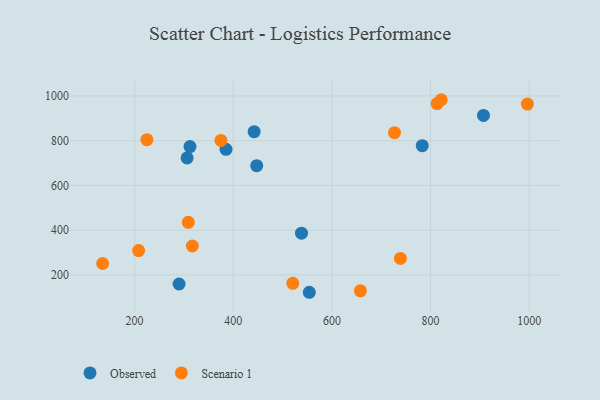
{"axis": {"x": "Experience", "y": "Yield"}, "legend": ["Observed", "Scenario 1"], "data": [{"x": "312.3", "y": 773.6, "type": "Observed"}, {"x": "385.3", "y": 761.3, "type": "Observed"}, {"x": "442.3", "y": 840.3, "type": "Observed"}, {"x": "290.1", "y": 159.6, "type": "Observed"}, {"x": "306.4", "y": 723.0, "type": "Observed"}, {"x": "447.5", "y": 688.3, "type": "Observed"}, {"x": "554.1", "y": 122.6, "type": "Observed"}, {"x": "907.1", "y": 913.1, "type": "Observed"}, {"x": "783.0", "y": 777.7, "type": "Observed"}, {"x": "538.3", "y": 386.7, "type": "Observed"}, {"x": "520.6", "y": 162.8, "type": "Scenario 1"}, {"x": "821.5", "y": 983.1, "type": "Scenario 1"}, {"x": "375.0", "y": 801.2, "type": "Scenario 1"}, {"x": "996.1", "y": 963.7, "type": "Scenario 1"}, {"x": "813.1", "y": 965.7, "type": "Scenario 1"}, {"x": "308.9", "y": 435.3, "type": "Scenario 1"}, {"x": "726.8", "y": 835.9, "type": "Scenario 1"}, {"x": "224.9", "y": 804.4, "type": "Scenario 1"}, {"x": "135.2", "y": 251.1, "type": "Scenario 1"}, {"x": "208.2", "y": 308.9, "type": "Scenario 1"}, {"x": "317.0", "y": 329.4, "type": "Scenario 1"}, {"x": "738.8", "y": 274.0, "type": "Scenario 1"}, {"x": "657.6", "y": 128.9, "type": "Scenario 1"}]}